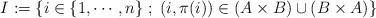
LaTeX: \begin{align*} I := \left\{ i \in \{1,\cdots,n\} \; ; \; (i,\pi(i))\in (A\times B)\cup (B\times A) \right\} \end{align*}